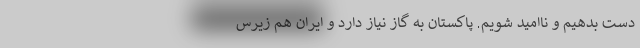
دست بدهیم و ناامید شویم. پاکستان به گاز نیاز دارد و ایران هم زیرس